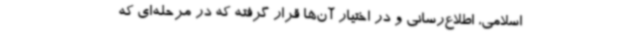
اسلامی، اطلاع‌رسانی و در اختیار آن‌ها قرار گرفته که در مرحله‌ای که